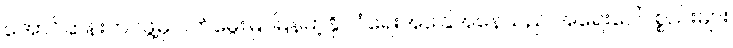
အောင်ဆန်းတပ်ဖွဲ့မှ ဝက်မွေးမြူ မြန်မာ့နိုင်ငံရေးအခြေအနေသည် အရေးပေါ်ပစ္စည်းများ